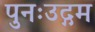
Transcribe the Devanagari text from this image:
पुनःउद्गम